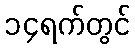
၁၄ရက်တွင်